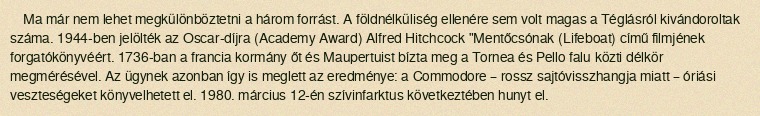
Ma már nem lehet megkülönböztetni a három forrást. A földnélküliség ellenére sem volt magas a Téglásról kivándoroltak száma. 1944-ben jelölték az Oscar-díjra (Academy Award) Alfred Hitchcock "Mentőcsónak (Lifeboat) című filmjének forgatókönyvéért. 1736-ban a francia kormány őt és Maupertuist bízta meg a Tornea és Pello falu közti délkör megmérésével. Az ügynek azonban így is meglett az eredménye: a Commodore – rossz sajtóvisszhangja miatt – óriási veszteségeket könyvelhetett el. 1980. március 12-én szívinfarktus következtében hunyt el.